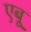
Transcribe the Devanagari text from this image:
एबू